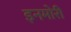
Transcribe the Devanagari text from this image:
इनमोरी